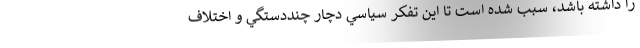
را داشته باشد، سبب شده است تا اين تفكر سياسي دچار چنددستگي و اختلاف